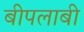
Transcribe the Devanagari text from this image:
बीपलाबी